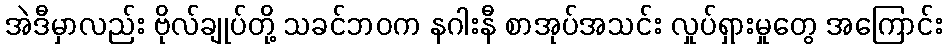
အဲဒီမှာလည်း ဗိုလ်ချုပ်တို့ သခင်ဘဝက နဂါးနီ စာအုပ်အသင်း လှုပ်ရှားမှုတွေ အကြောင်း